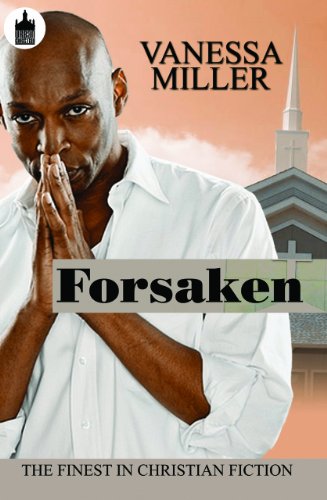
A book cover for Forsaken (Urban Books); Vanessa Miller; Literature & Fiction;